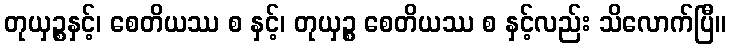
တုယှဉ္စနှင့်၊ စေတိယဿ စ နှင့်၊ တုယှဉ္စ စေတိယဿ စ နှင့်လည်း သိလောက်ပြီ။